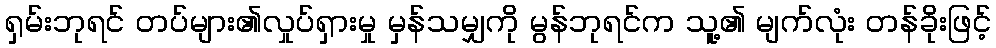
ရှမ်းဘုရင် တပ်များ၏လှုပ်ရှားမှု မှန်သမျှကို မွန်ဘုရင်က သူ့၏ မျက်လုံး တန်ခိုးဖြင့်